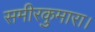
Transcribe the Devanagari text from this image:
समीरकुमारा।